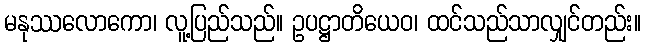
မနုဿလောကော၊ လူ့ပြည်သည်။ ဥပဋ္ဌာတိယေဝ၊ ထင်သည်သာလျှင်တည်း။